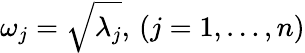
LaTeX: \omega_{j}=\sqrt{\lambda_{j}},\, (j=1,\dots,n)